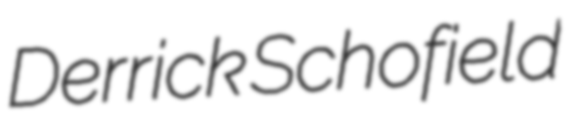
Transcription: Derrick Schofield